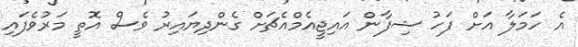
އެ ހަމަލާ އަށް ފަހު ޝިފާން އައިޖީއެމްއެޗަށް ގެންދިޔައިރު ވެސް އޮތީ މަރުވެފައި